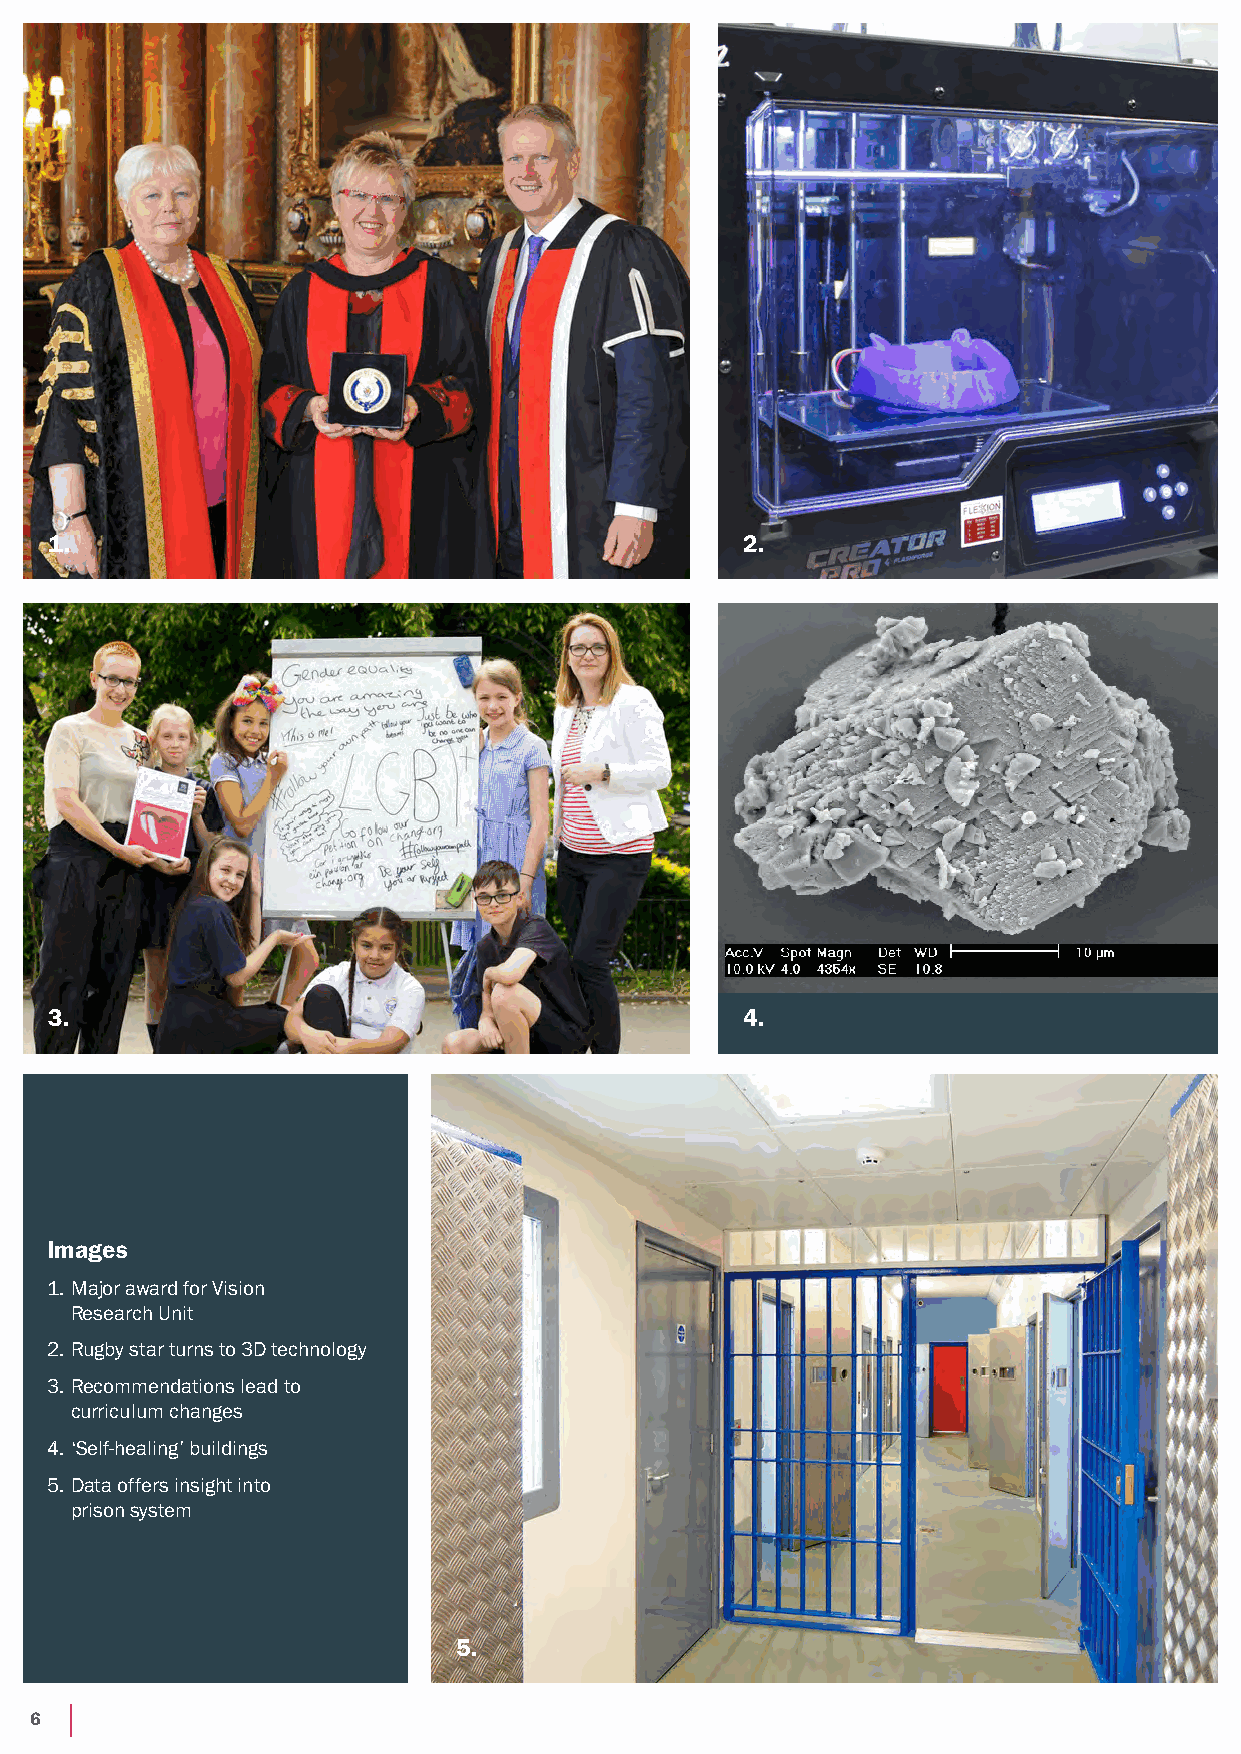
1.                                            2.
 3.                                            4.
 Images
 1. Major award for Vision
 Research Unit
 2. Rugby star turns to 3D technology
 3. Recommendations lead to
 curriculum changes
 4. ‘Self-healing’ buildings
 5. Data offers insight into
 prison system
 5.
 6